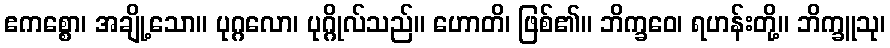
ဧကစ္စော၊ အချို့သော။ ပုဂ္ဂလော၊ ပုဂ္ဂိုလ်သည်။ ဟောတိ၊ ဖြစ်၏။ ဘိက္ခဝေ၊ ရဟန်းတို့။ ဘိက္ခူသု၊